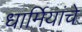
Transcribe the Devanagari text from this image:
धार्मियांचे